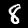
Label: 8